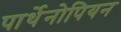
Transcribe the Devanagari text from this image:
पार्थेनोपियन